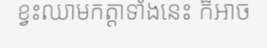
ខ្វះឈាមកត្តាទាំងនេះ ក៏អាច